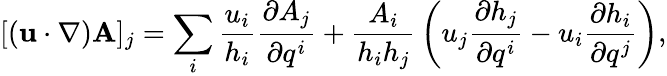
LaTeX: [\left(\mathbf{u}\cdot\nabla\right)\mathbf{A}]_{j}=\sum_{i}{\frac{u_{i}}{h_{i}}}{\frac{\partial A_{j}}{\partial q^{i}}}+{\frac{A_{i}}{h_{i}h_{j}}}\left(u_{j}{\frac{\partial h_{j}}{\partial q^{i}}}-u_{i}{\frac{\partial h_{i}}{\partial q^{j}}}\right),